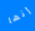
إنها